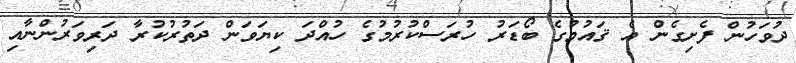
ދުވަހުން ފެށިގެން އެ ޤައުމުގެ ބޯޑަރު ހުރަސްކުރުމުގެ ހުއްދަ ކިޔަވަން ދަތުރުކުރާ ދަރިވަރުންނާއި